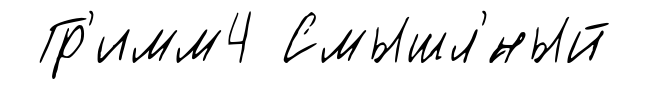
Гр'имм4 Смышл'́ный